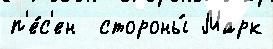
п'е́с'ен  стороны́ Марк